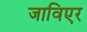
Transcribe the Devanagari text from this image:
जाविएर